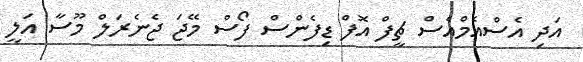
އަދި އެސްއެމްއެސް ޗީފް އޮފް ޑިފެންސް ފޯސް މޭޖަ ޖެނެރަލް މޫސާ އަލީ